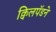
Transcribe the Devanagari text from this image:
क्विलपॅडने